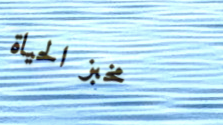
مخبز الحياة